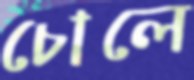
চোলে